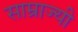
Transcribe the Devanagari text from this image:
साम्राज्यी